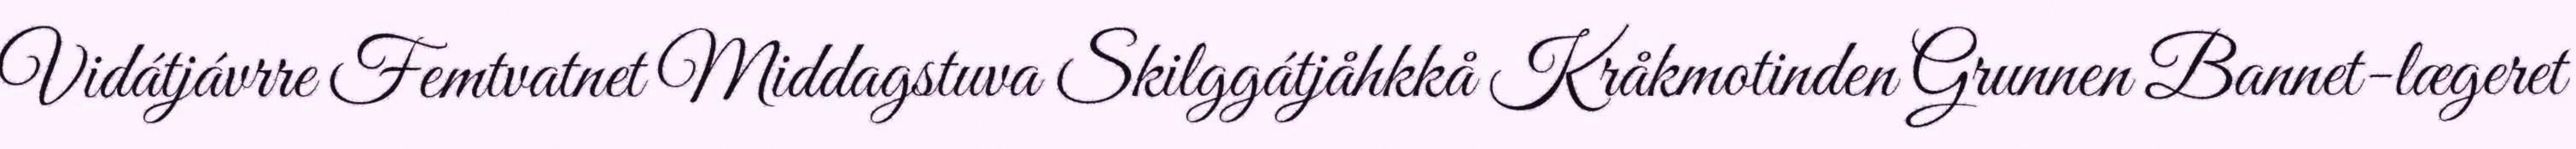
Vidátjávrre Femtvatnet Middagstuva Skilggátjåhkkå Kråkmotinden Grunnen Bannet-lægeret